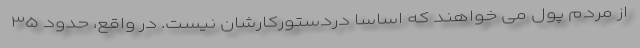
از مردم پول می خواهند که اساسا دردستورکارشان نیست. در واقع، حدود ۳۵‌